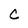
Character: C